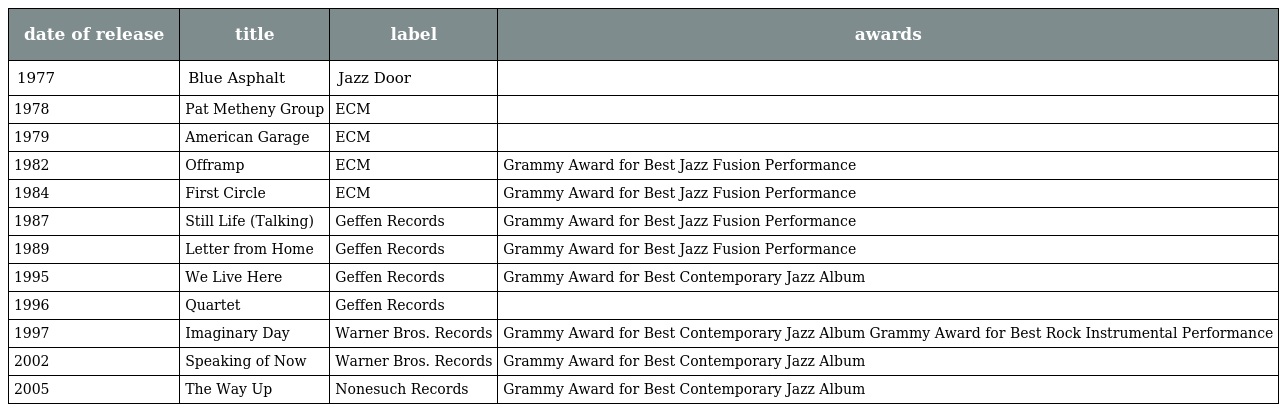
| date of release | title | label | awards |
 | --- | --- | --- | --- |
 | 1977 | Blue Asphalt | Jazz Door |  |
 | 1978 | Pat Metheny Group | ECM |  |
 | 1979 | American Garage | ECM |  |
 | 1982 | Offramp | ECM | Grammy Award for Best Jazz Fusion Performance |
 | 1984 | First Circle | ECM | Grammy Award for Best Jazz Fusion Performance |
 | 1987 | Still Life (Talking) | Geffen Records | Grammy Award for Best Jazz Fusion Performance |
 | 1989 | Letter from Home | Geffen Records | Grammy Award for Best Jazz Fusion Performance |
 | 1995 | We Live Here | Geffen Records | Grammy Award for Best Contemporary Jazz Album |
 | 1996 | Quartet | Geffen Records |  |
 | 1997 | Imaginary Day | Warner Bros. Records | Grammy Award for Best Contemporary Jazz Album Grammy Award for Best Rock Instrumental Performance |
 | 2002 | Speaking of Now | Warner Bros. Records | Grammy Award for Best Contemporary Jazz Album |
 | 2005 | The Way Up | Nonesuch Records | Grammy Award for Best Contemporary Jazz Album |